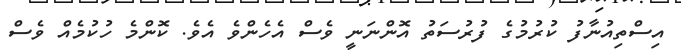
އިސްތިއުނާފު ކުރުމުގެ ފުރުސަތު އޮންނަނީ ވެސް އެހެންވެ އެވެ. ކޮންމެ ހުކުމެއް ވެސް